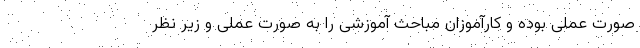
صورت عملی بوده و کارآموزان مباحث آموزشی را به صورت عملی و زیر نظر